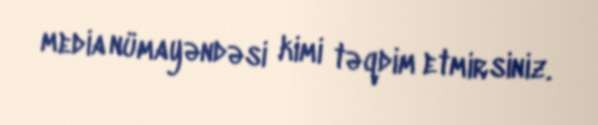
media nümayəndəsi kimi təqdim etmirsiniz.